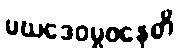
မဃဒေဝမ္ဗဝနေတိ